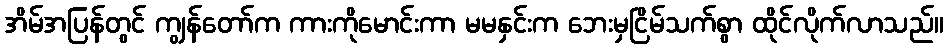
အိမ်အပြန်တွင် ကျွန်တော်က ကားကိုမောင်းကာ မမနှင်းက ဘေးမှငြိမ်သက်စွာ ထိုင်လိုက်လာသည်။